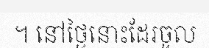
។ នៅថ្ងៃនោះដែរចូល